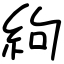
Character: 絇